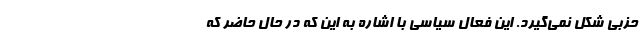
حزبی شکل نمی‌گیرد. این فعال سیاسی با اشاره به این که در حال حاضر که